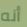
أنه